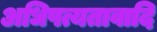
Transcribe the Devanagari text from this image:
अधिपत्यतावादि